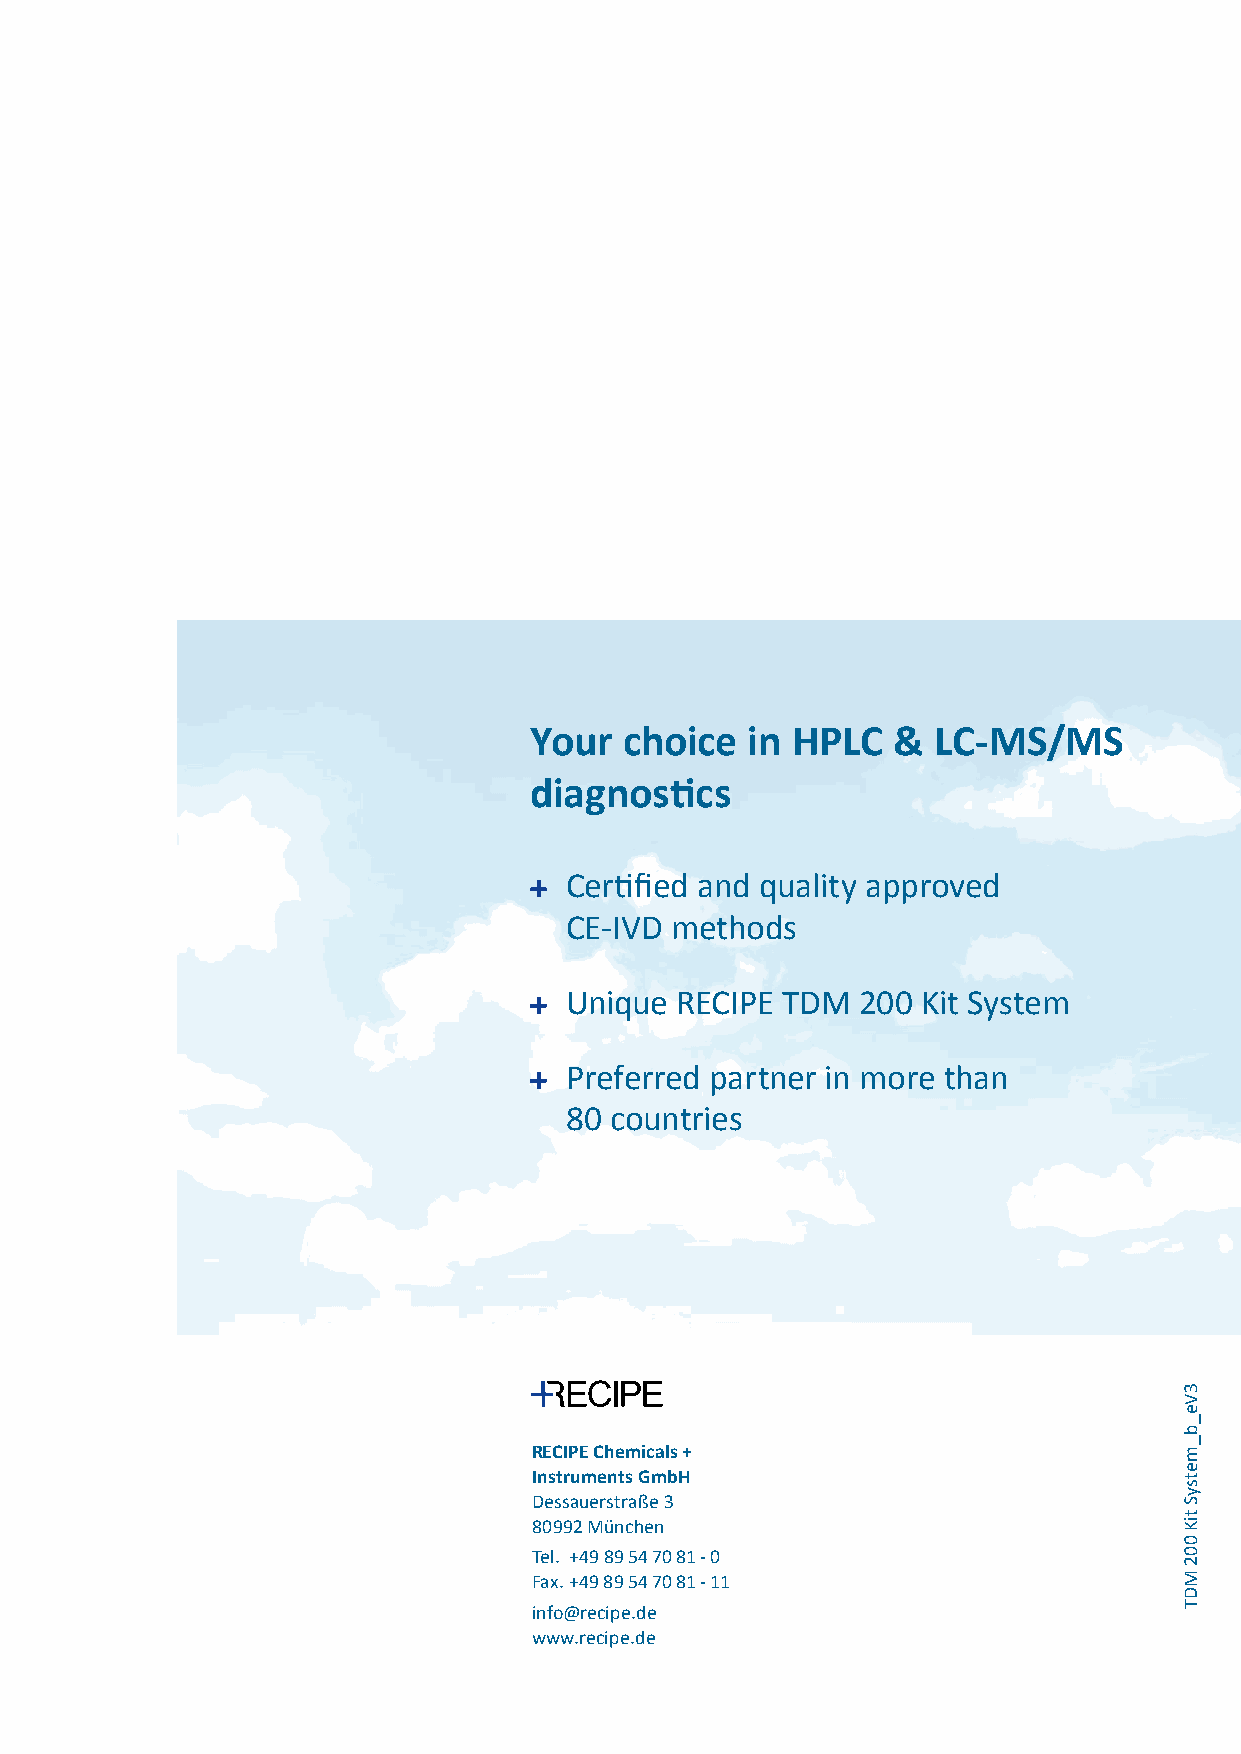
Your  choice   in HPLC  &  LC-MS/MS
 diagnostics
 Certified and quality approved
 CE-IVD methods
 Unique  RECIPE TDM  200 Kit System
 Preferred partner in more than
 80 countries
 RECIPE Chemicals +
 Instruments GmbH
 Dessauerstraße 3
 80992 München
 Tel. +49 89 54 70 81 - 0
 Fax. +49 89 54 70 81 - 11
 info@recipe.de
 www.recipe.de
 3Ve_b_metsyS
 tiK
 002
 MDT